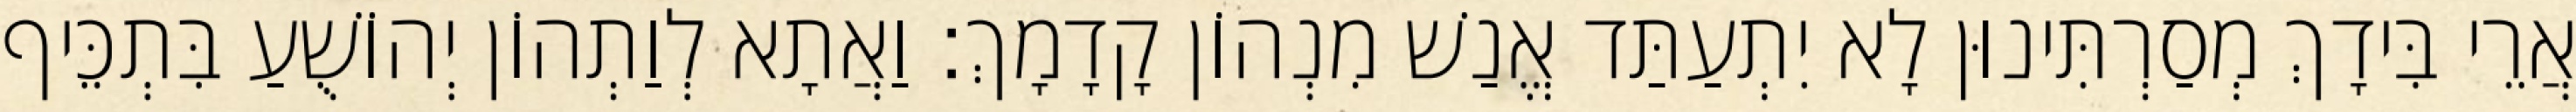
אֲרֵי בִּידָךְ מְסַרְתִּינוּן לָא יִתְעַתַּד אֱנַשׁ מִנְהוֹן קָדָמָךְ׃ וַאֲתָא לְוַתְהוֹן יְהוֹשֻׁעַ בִּתְכֵּיף